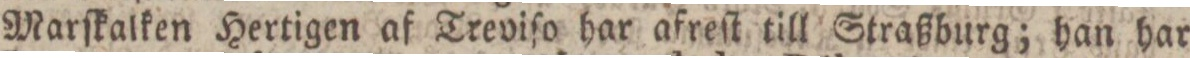
Marſkalken Hertigen af Treviſo har afreſt till Straßburg; han har